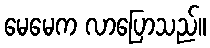
မေမေက လာပြောသည်။